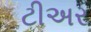
ટીઅર